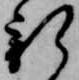
新